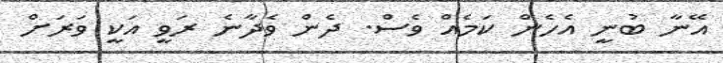
އޭނާ ބުނީ އެހެން ކަމެއް ވެސް. ދެން ވެދާނެ ރަވީ އަކީ ވަރަށް